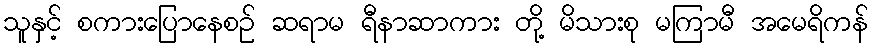
သူနှင့် စကားပြောနေစဉ် ဆရာမ ရီနာဆာကား တို့ မိသားစု မကြာမီ အမေရိကန်